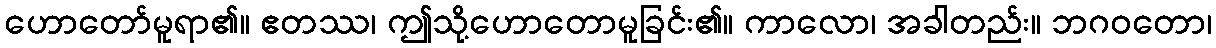
ဟောတော်မူရာ၏။ ဧတဿ၊ ဤသို့ဟောတောမူခြင်း၏။ ကာလော၊ အခါတည်း။ ဘဂဝတော၊